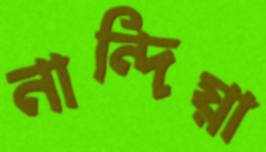
নান্দিয়া